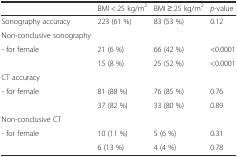
|  | BMI < 25 kg/m2 | BMI ≥ 25 kg/m2 | p-value |
 | --- | --- | --- | --- |
 | Sonography accuracy | 223 (61 %) | 83 (53 %) | 0.12 |
 | Non-conclusive sonography |  |  |  |
 | <ROWSPAN=2> - for female | 21 (6 %) | 66 (42 %) | <0.0001 |
 | 15 (8 %) | 25 (52 %) | <0.0001 |
 | CT accuracy |  |  |  |
 | <ROWSPAN=2> - for female | 81 (88 %) | 76 (85 %) | 0.76 |
 | 37 (82 %) | 33 (80 %) | 0.89 |
 | Non-conclusive CT |  |  |  |
 | <ROWSPAN=2> - for female | 10 (11 %) | 5 (6 %) | 0.31 |
 | 6 (13 %) | 4 (4 %) | 0.78 |